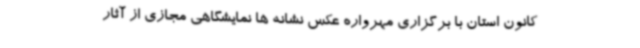
کانون استان با برگزاری مهرواره عکس نشانه ها نمایشگاهی مجازی از آثار